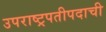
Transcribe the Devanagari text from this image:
उपराष्ट्रपतीपदाची